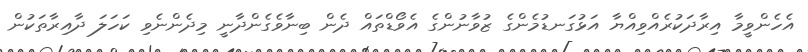
އެހެންވީމާ އިރާދަކުރެއްވިއްޔާ އަޅުގަނޑުމެންގެ ޒުވާނުންގެ އެވޯޑްތައް ދެން ބިނާވެގެންދާނީ މިދެންނެވި ކަހަލަ ދާއިރާތަކުން